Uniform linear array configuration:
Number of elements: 24
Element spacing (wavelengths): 0.25
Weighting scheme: kaiser
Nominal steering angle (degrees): -30
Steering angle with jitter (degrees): -29.914
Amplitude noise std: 0.05
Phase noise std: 0.05

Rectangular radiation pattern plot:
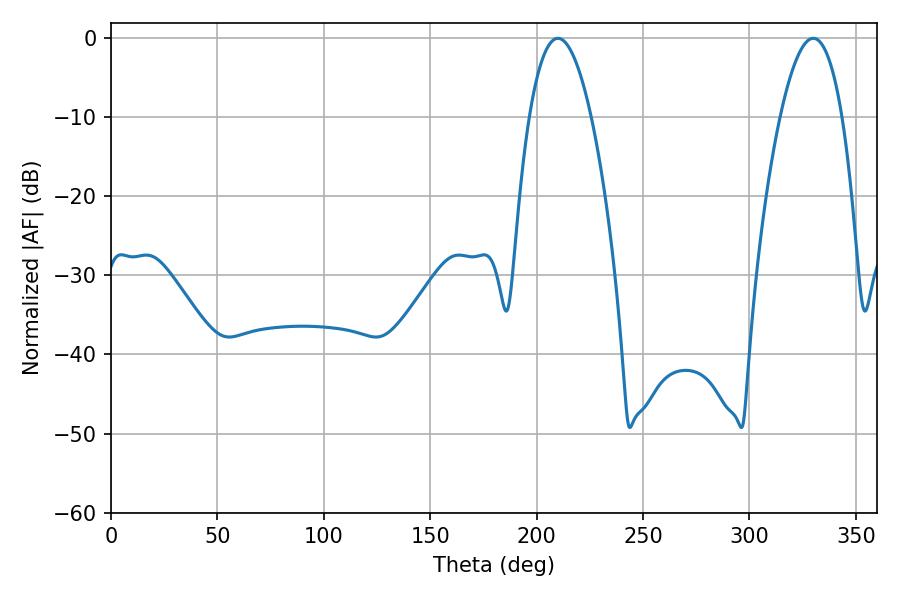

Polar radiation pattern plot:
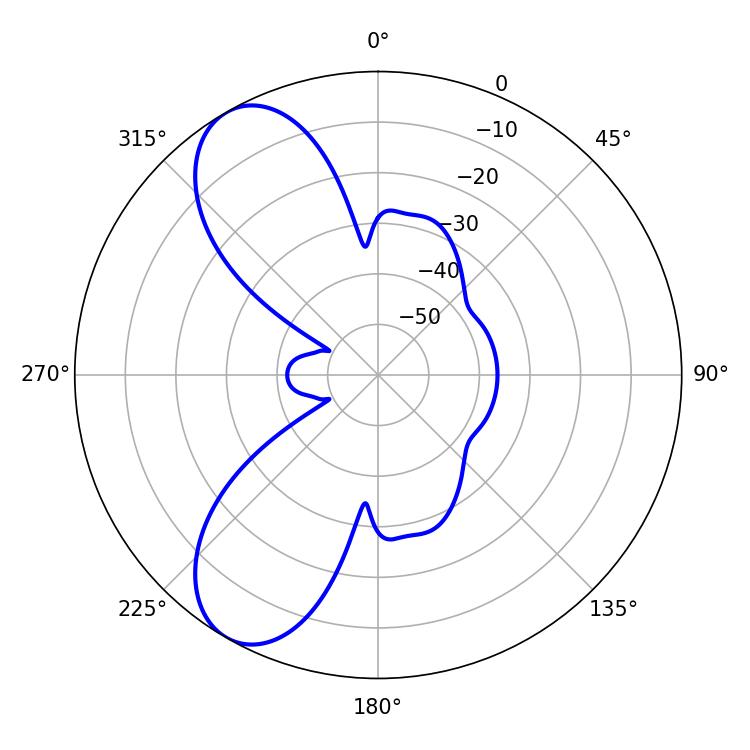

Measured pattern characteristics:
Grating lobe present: FALSE
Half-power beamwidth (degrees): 16.02
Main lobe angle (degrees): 210.06